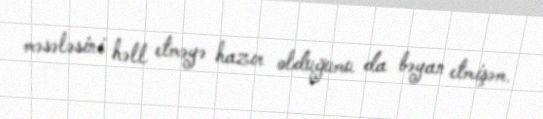
məsələsini həll etməyə hazır olduğumu da bəyan etmişəm.